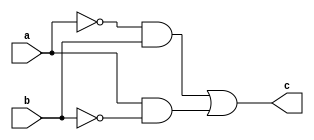
// ---------------------------
// Nome: Caio Ragacci Pimentel
// --------------------------


//---------------------------
// --- Guia 01 - XORgate ---
//---------------------------


module xorgate (c , a, b);

	output  c;
	input   a, b;
	
	assign c = ((~a & b | a & ~b));
	
	
endmodule  //xorgate


//---------------------------
// ----- Teste  XORgate-----
//---------------------------

module testexorgate;

	reg  a, b;
	wire c; 
	
	//instancia
	xorgate XOR1 (c, a ,b);


	//parte principal
	initial begin
	
		$display ("\n Guia 01 - Caio Ragacci Pimentel - 405794");
		$display (" TESTE - Porta XOR ");
		$display ("\n a & b & c = ~d \n");
	#1	a = 0; b = 0; 
	#1	$display ("%b ^ %b = %b", a ,b ,c);
	#1	a = 0; b = 1 ;
	#1	$display ("%b ^ %b = %b", a ,b ,c);
	#1	a = 1; b = 0; 
	#1	$display ("%b ^ %b = %b", a ,b ,c);
	#1	a = 1; b = 1; 
	#1	$display ("%b ^ %b = %b", a ,b ,c);
			
		
	end
	
endmodule  // testexorgate


//-------------------------------------------------------------------------------------------------------------